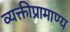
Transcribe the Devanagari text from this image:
व्यक्तीप्रामाण्य